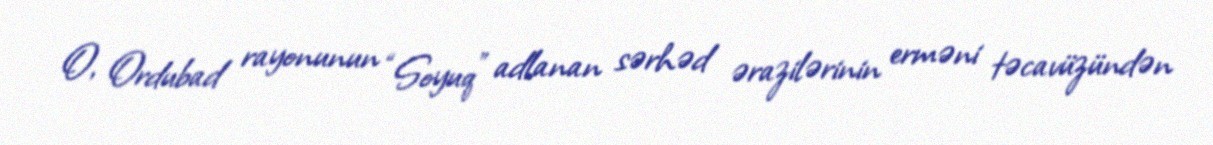
O, Ordubad rayonunun “Soyuq” adlanan sərhəd ərazilərinin erməni təcavüzündən